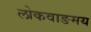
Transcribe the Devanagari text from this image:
लोकवाङमय